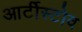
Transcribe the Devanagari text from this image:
आर्टीस्टोव